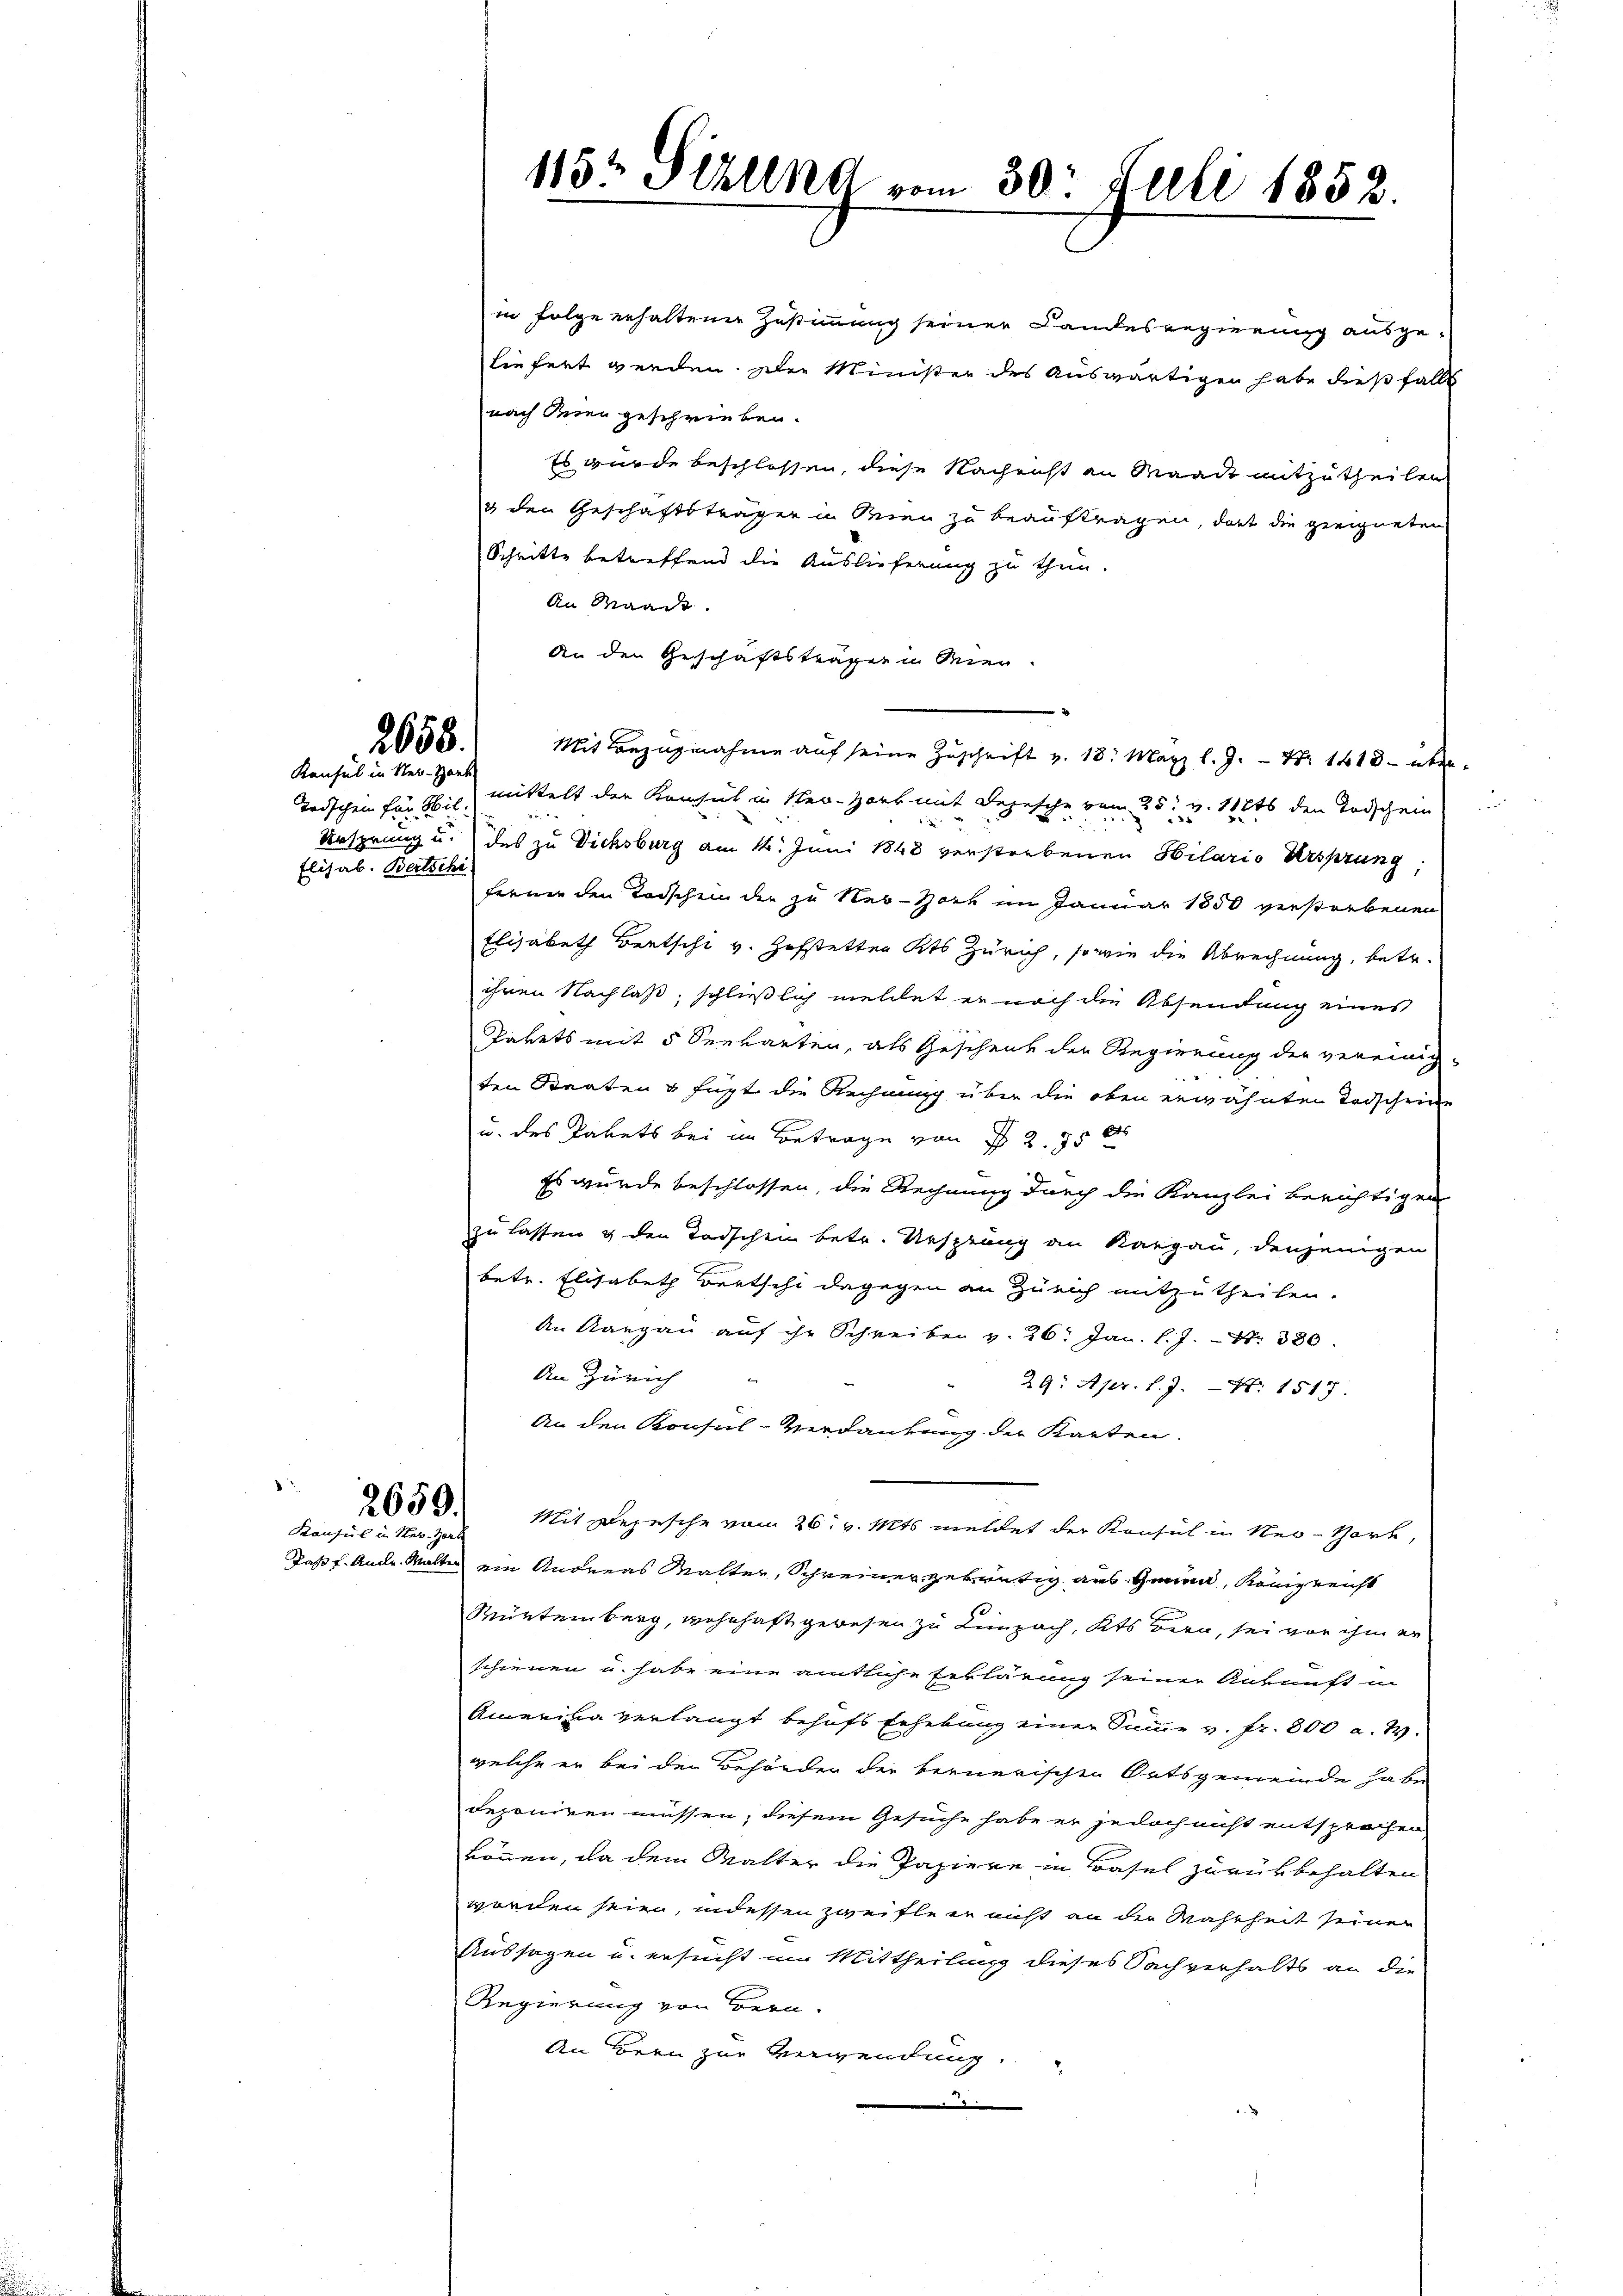
Elisab. Bertschi

2658.
Konsul in Ner-Hart

in Folge erhaltener Zustimmung seiner Landesregierung ausgeliefert werden. Der Minister des Auswärtigen habe dießfalls
nach den geschrieben.
Es wurde beschlossen, diese Nachricht an Waadt mitzutheilen.
3 den Geschäftsträgen in Wien zu beauftragen, dort die geeigneten
Schritte betreffend die Auslieferung zu thun.
An Waadt.
An den Geschäftsträger in Wien.
Mit Bezugnahme auf seine Zuschrift v. 18. März l. J. Nr. 1418. über¬
Todschein für 16. l. mittelt der Konsul in Ner-Zork mit Depesche vom 25t v. 11816 den Todschein
2
Ansprung u. des zu Dicksburg am 14. Juni 1848 verstorbenen Hilario Ursprung
ferner den Todschein der zu New-York im Januar 1850 verstorbenen
Elisabeth Beetschi v. Hofstetten Kts Zürich, sowie die Abrechnung, betr.
ihren Nachlaß; schließlich mellet er noch die Absendung eines
Pakets mit 5 Seewarten, als Geschenk der Regierung der vereinig-
ten Staaten u fügt die Rechnung über die oben erwähnten Todscheine
u. des Pakets bei im Betrage von 2. 75 d
Es wurde beschlossen, die Rechnung durch die Kanzlei berichtigen
zu lassen & den Todschen betr. Ursprung an Kargau, denjenigen
betr. Elisabeth Bertschi dagegen an Zürich mitzutheilen.
An Aargau auf ihr Schreiben v. 26. Jan. l. J. S. 380.
An Zürich
29. Apr. l. J. Nr. 1517.
An den Konsul-Verdankung der Karten.
2653. Mit Depesche vom 26. v. Mts. meldet der Konsul in New-York,
Jass f. Ande Walter ein Andreas Malter, Schreiner gebrütig aus genen, Königreicht
Würtemberg, wohnhaft gewesen zu Linpach, Kts Bern, sei von ihm er
schienen u. habe eine amtliche Erklärung seiner Ankunft in
Amerina verlangt behufs Erhebung einer Summe v. fr. 800 a. W.
welche er bei den Behörden der bernerischen Ortsgemeinde habe
deponiren müssen, diesem Gesuche habe er jedoch nicht entsprochen
können, da dem Walter die Papiere in Basel zurükbehalten
worden sein, indessen zweifle er nicht an der Wahrheit seine
Aussagen u. ersucht um Mittheilung dieses Sachverhalts an die
Regierung von Bern.
An Bern zur Verwendung.
2

Konsul in Seb. Her

115t Sezung vom 30. Juli 1852.

n